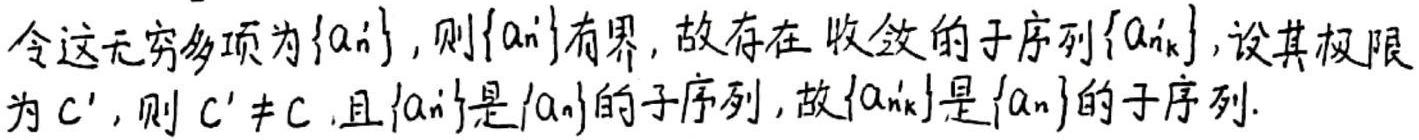
令这无穷多项为\(\{a_{n'}\}\)，则\(\{a_{n'}\}\)有界，故存在收敛的子序列\(\{a_{n_k'}\}\)，设其极限为\(c'\)，则\(c'\neq c\)，且\(\{a_{n'}\}\)是\(\{a_{n}\}\)的子序列，故\(\{a_{n_k'}\}\)是\(\{a_{n}\}\)的子序列.